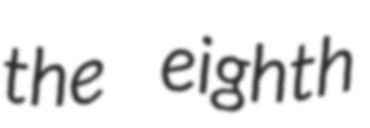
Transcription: the eighth